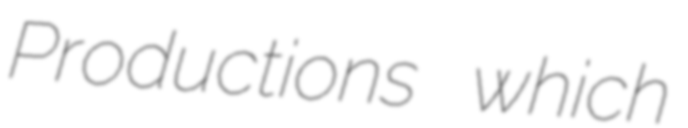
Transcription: Productions which